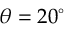
\theta = 2 0 ^ { \circ }